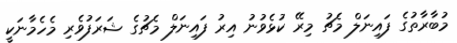
މުބާރާތުގެ ފައިނަލް މެޗު މިރޭ ކުޅެވުނު އިރު ފައިނަލް މެޗުގެ ޝަރަފުވެރި މެހެމާނަކީ